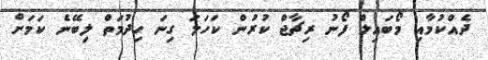
ދެއްކުމާއި މޯބައިލް ފޯނު ރިޗާޖް ކުރުން ކަހަލަ ގިނަ ހިދުމަތް ލިބޭނެ ކަމަށް